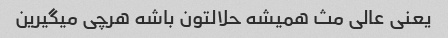
یعنی عالی مث همیشه حلالتون باشه هرچی میگیرین